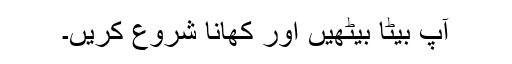
آپ بیٹا بیٹھیں اور کھانا شروع کریں۔